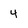
Character: 4